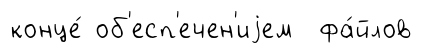
конце́ об'есп'ечен'иjем фа́йлов